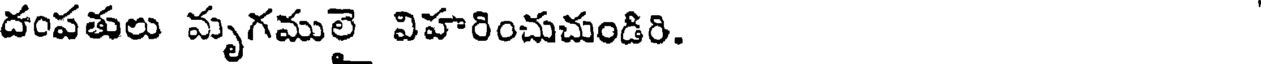
దంపతులు మృగములై విహరించుచుండిరి.